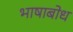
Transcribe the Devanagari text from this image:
भाषाबोध